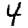
Digit: 4